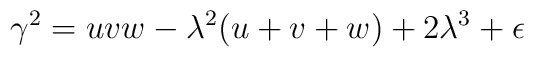
\gamma^2 = u v w-\lambda^2(u +v +w)+2\lambda^3+\epsilon